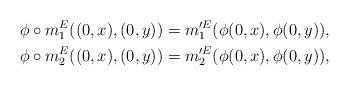
LaTeX: \begin{align*}&\phi \circ m^E_1 ((0, x), (0, y)) = m'^{E}_1 (\phi (0, x) , \phi (0, y)),\\&\phi \circ m^E_2 ((0, x), (0, y)) = m'^{E}_2 (\phi (0, x) , \phi (0, y)),\end{align*}